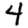
Digit: 4